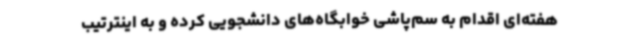
هفته‌ای اقدام به سم‌پاشی خوابگاه‌های دانشجویی کرده و به اینترتیب